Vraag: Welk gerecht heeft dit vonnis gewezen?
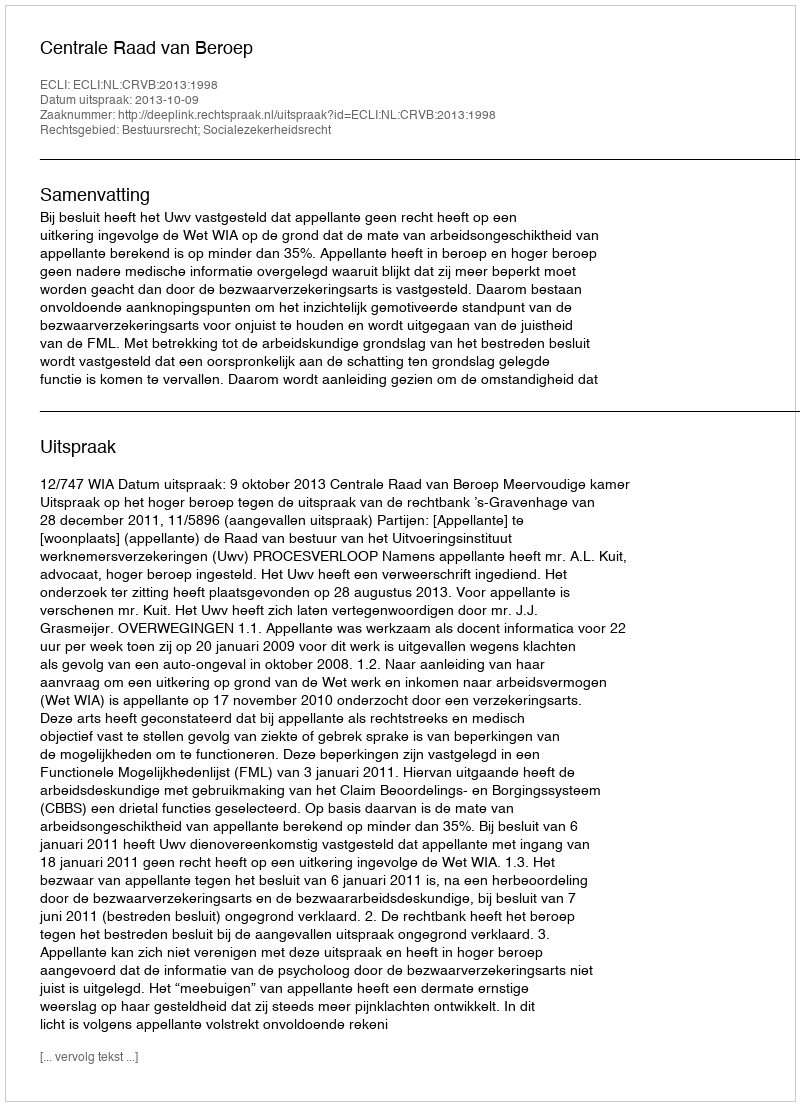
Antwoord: Centrale Raad van Beroep